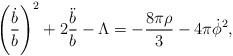
LaTeX: \begin{align*}\left(\dfrac{\dot{b}}{b}\right)^2+2\dfrac{\ddot{b}}{b}-\Lambda=-\dfrac{8\pi\rho}{3}-4\pi\dot{\phi}^2,\end{align*}